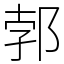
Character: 郣